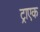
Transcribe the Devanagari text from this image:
ट्राएक